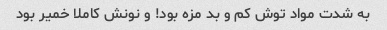
به شدت مواد توش کم و بد مزه بود! و نونش کاملا خمیر بود